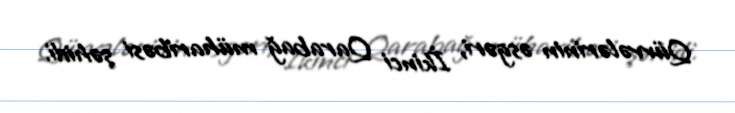
Qüvvələrinin əsgəri, İkinci Qarabağ müharibəsi şəhidi.